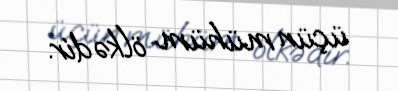
üçün mühüm ölkədir.